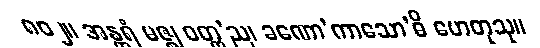
၈၀၂။ အန္တရံ မဇ္ဈ ဝတ္ထ’ည၊ ခဏော’ကာသော’ဓိ ဟေတုသု။